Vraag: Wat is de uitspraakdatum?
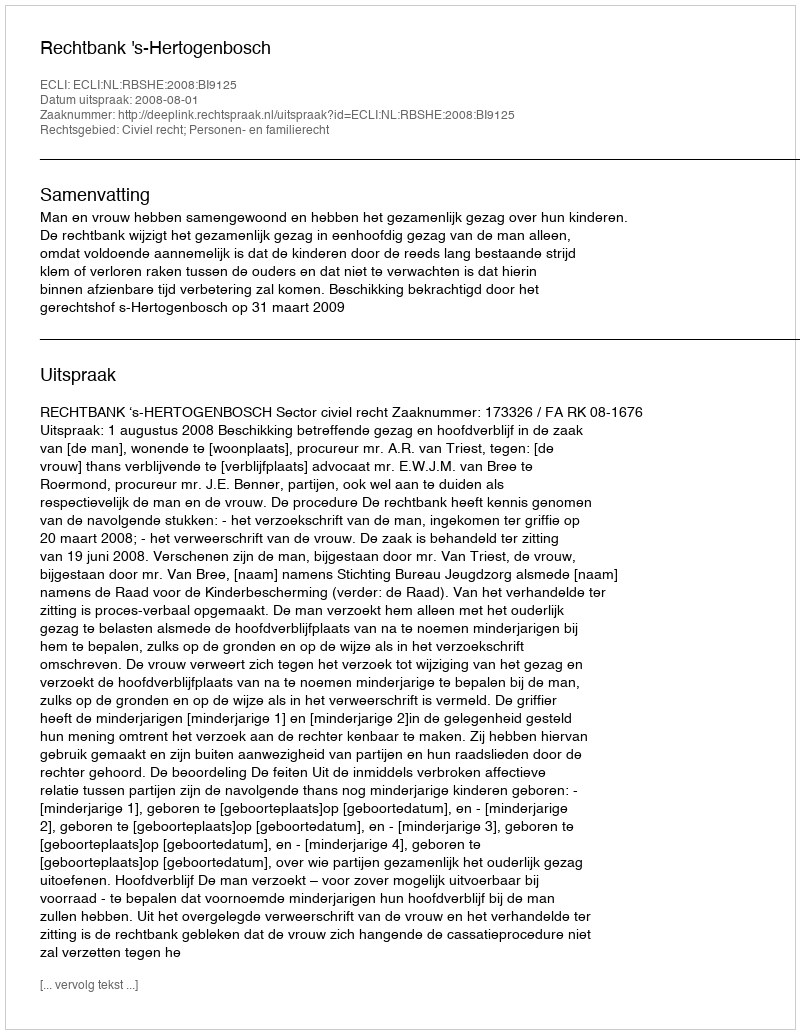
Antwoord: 2008-08-01